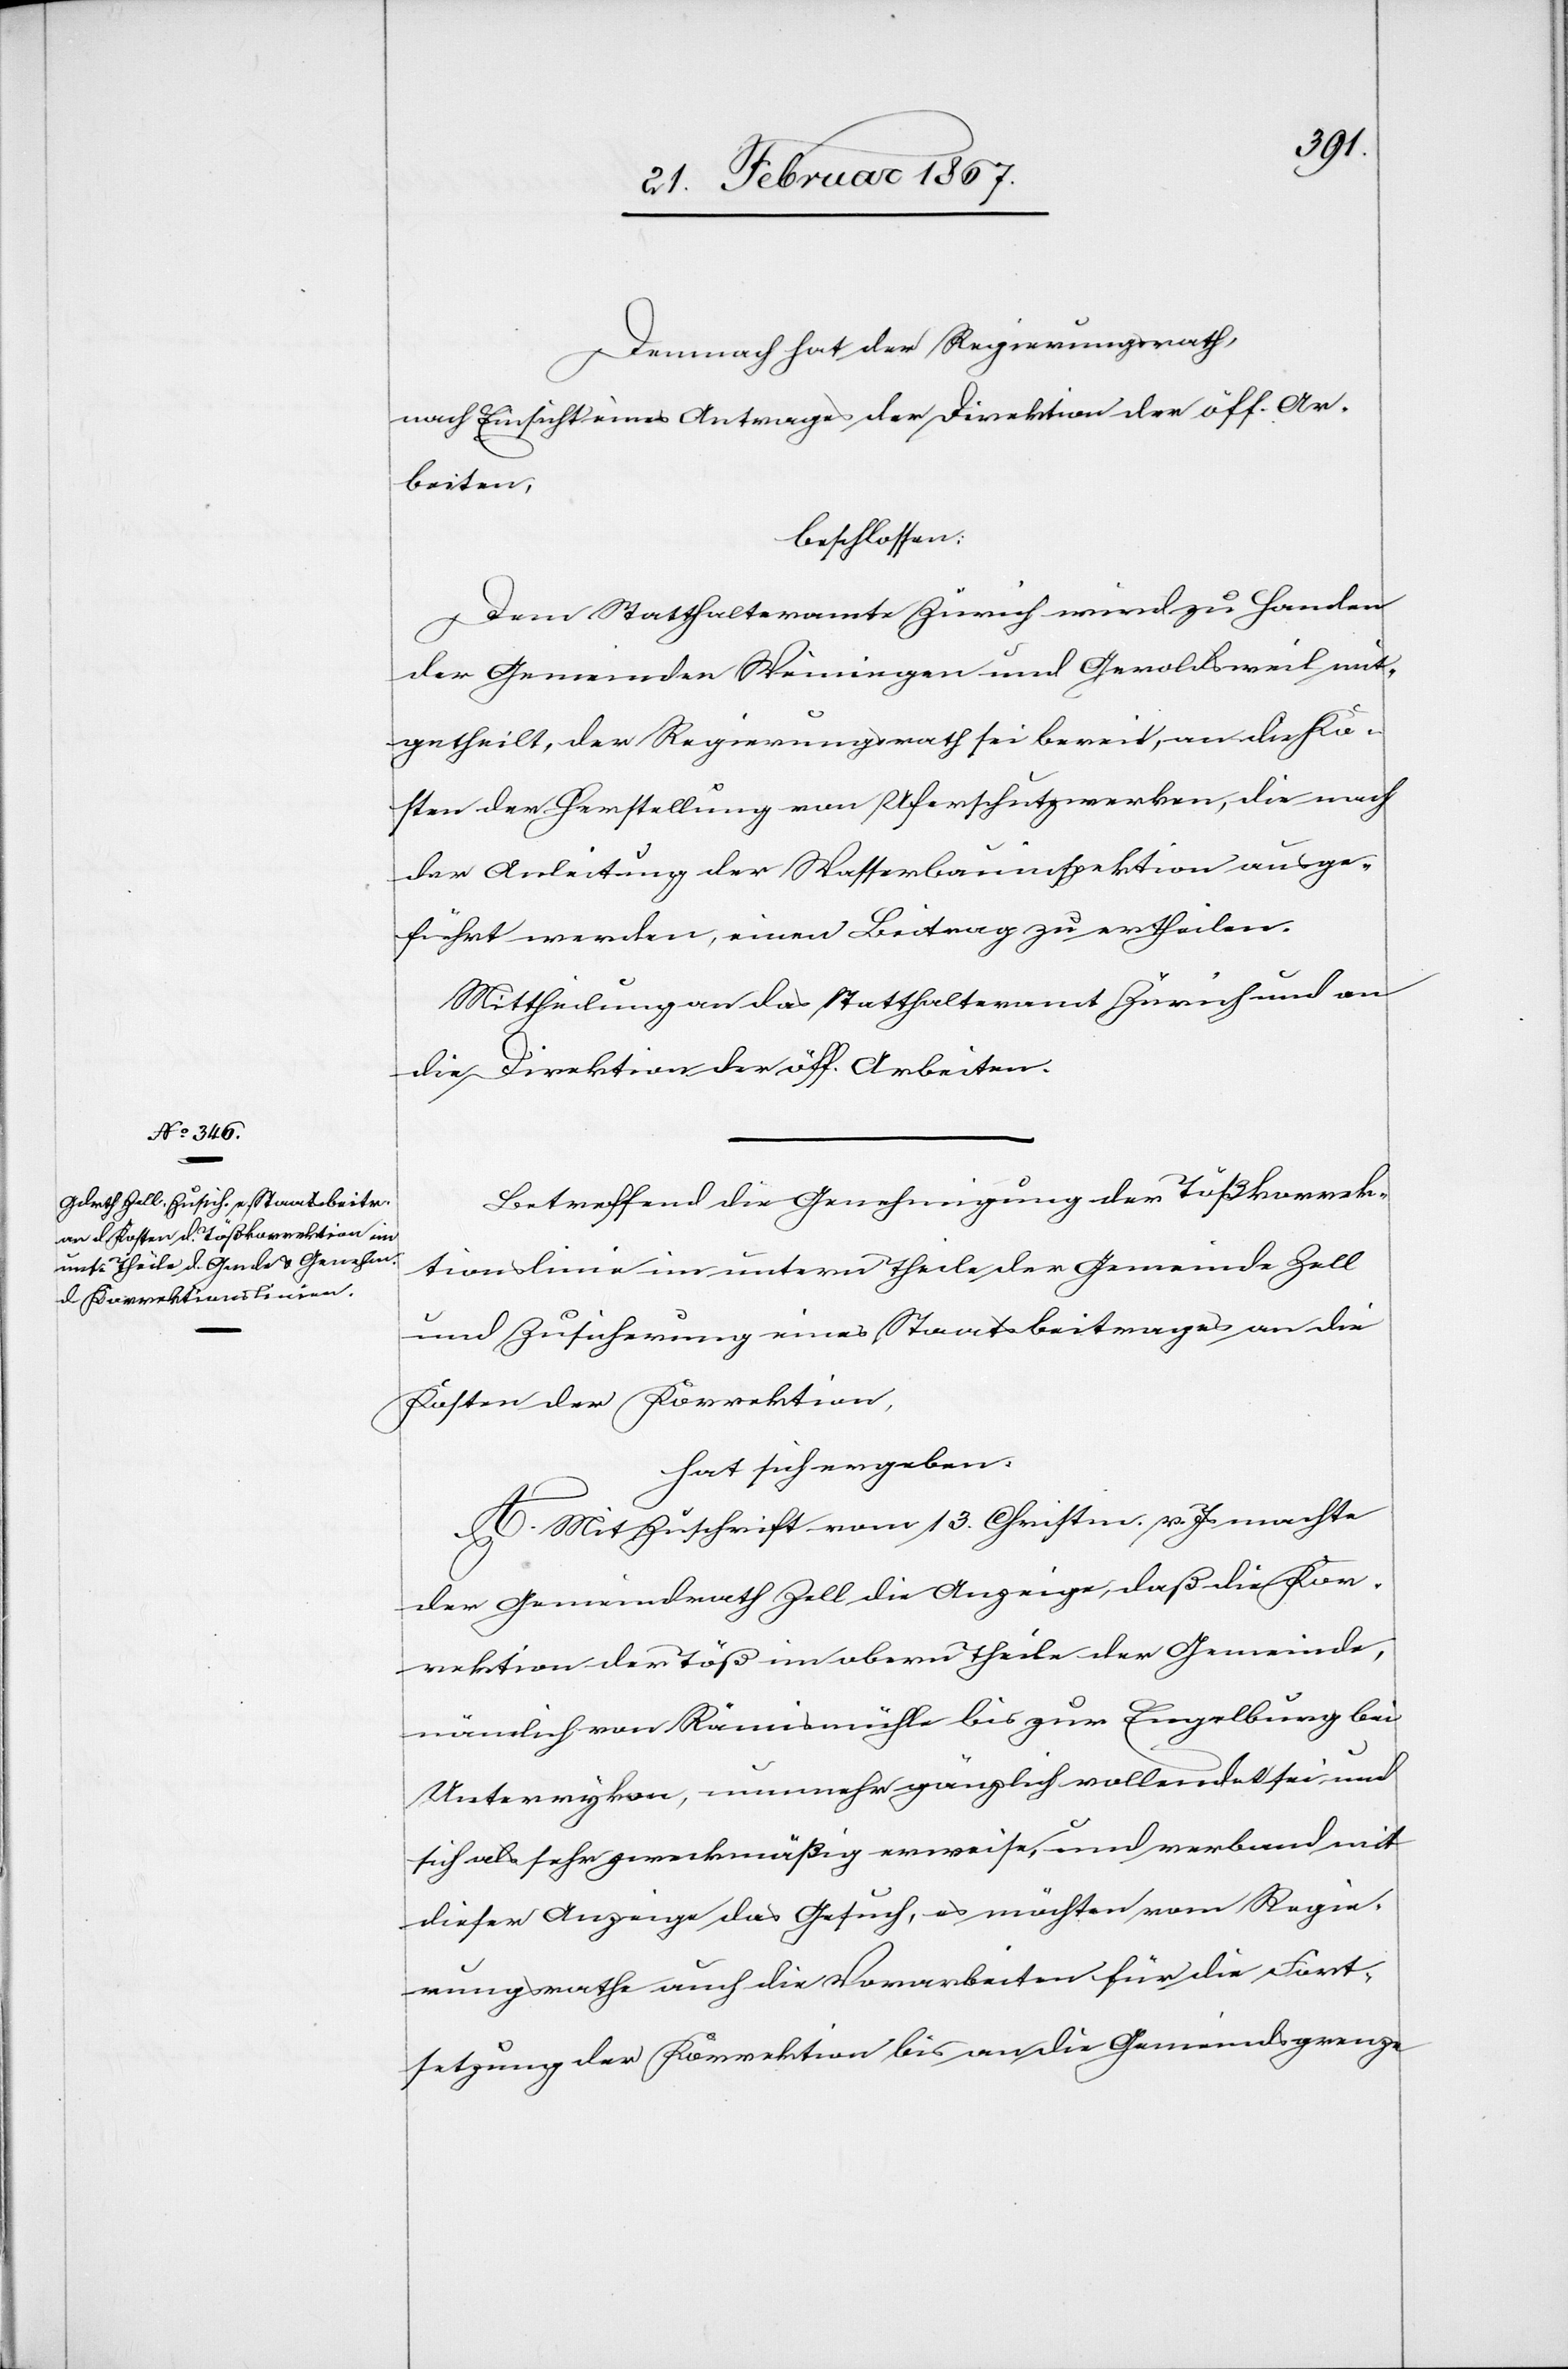
Demnach hat der Regierungsrath,
nach Einsicht eines Antrages der Direktion der öff. Ar¬
beiten,
beschlossen:
Dem Statthalteramte Zürich wird zu Handen
der Gemeinden Weiningen und Geroldsweil mit¬
getheilt, der Regierungsrath sei bereit, an die Ko¬
sten der Herstellung von Uferschutzwerken, die nach
der Anleitung der Wasserbauinspektion ausge¬
führt werden, einen Beitrag zu ertheilen.
Mittheilung an das Statthalteramt Zürich und an
die Direktion der öff. Arbeiten.
Betreffend die Genehmigung der Tößkorrek¬
tionslinie im untern Theile der Gemeinde Zell
und Zusicherung eines Staatsbeitrages an die
Kosten der Korrektion,
hat sich ergeben:
A. Mit Zuschrift vom 13. Christm. v. Js machte
der Gemeindrath Zell die Anzeige, daß die Kor¬
rektion der Töß im obern Theile der Gemeinde,
nämlich von Rämismühle bis zur Engelburg bei
Unterrykon, nunmehr gänzlich vollendet sei und
sich als sehr zweckmäßig erweise, und verband mit
dieser Anzeige das Gesuch, es möchten vom Regie¬
rungsrathe auch die Vorarbeiten für die Fort¬
setzung der Korrektion bis an die Gemeindsgrenze